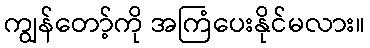
ကျွန်တော့်ကို အကြံပေးနိုင်မလား။